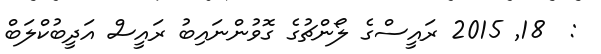
:  18